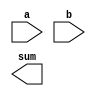
module binary_adder( a, b, sum);
input [5:0] a;
input [5:0] b;
output [5:0] sum;
/*
TODO:
use full_adder module to build a binary adder:
a + b = sum
Please see the testbench binary_adder_tb.v for the sample input and output.
*/

endmodule